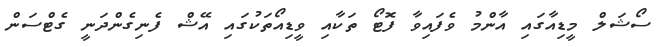
ސޯޝަލް މީޑިއާގައި އާންމު ވެފައިވާ ފޮޓޯ ތަކާއި ވީޑިއޯތަކުގައި އޭޝް ފެނިގެންދަނީ ގެޓްސަން